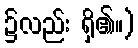
၌လည်း ရှိ၏။)